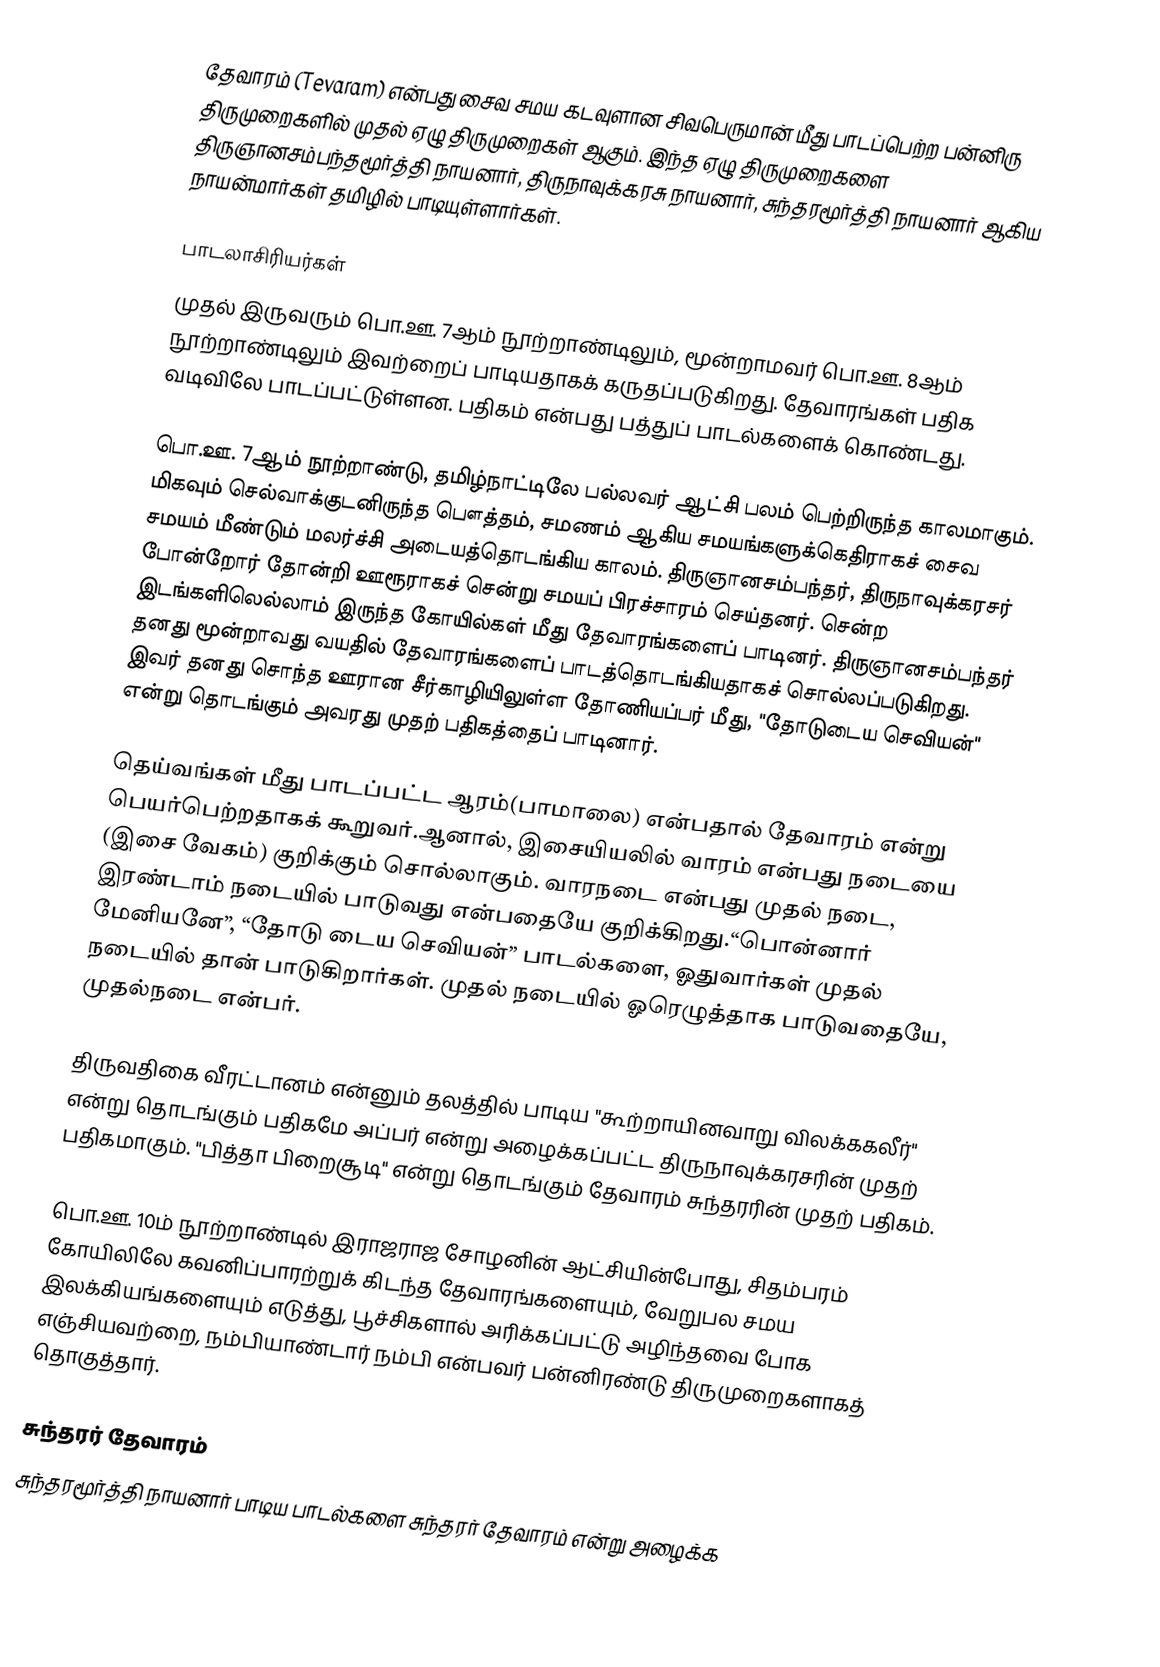
தேவாரம் (Tevaram) என்பது சைவ சமய கடவுளான சிவபெருமான் மீது பாடப்பெற்ற பன்னிரு திருமுறைகளில் முதல் ஏழு திருமுறைகள் ஆகும். இந்த ஏழு திருமுறைகளை திருஞானசம்பந்தமூர்த்தி நாயனார், திருநாவுக்கரசு நாயனார், சுந்தரமூர்த்தி நாயனார் ஆகிய நாயன்மார்கள் தமிழில் பாடியுள்ளார்கள்.

பாடலாசிரியர்கள்
முதல் இருவரும் பொ.ஊ. 7ஆம் நூற்றாண்டிலும், மூன்றாமவர் பொ.ஊ. 8ஆம் நூற்றாண்டிலும் இவற்றைப் பாடியதாகக் கருதப்படுகிறது. தேவாரங்கள் பதிக வடிவிலே பாடப்பட்டுள்ளன. பதிகம் என்பது பத்துப் பாடல்களைக் கொண்டது.

பொ.ஊ. 7ஆம் நூற்றாண்டு, தமிழ்நாட்டிலே பல்லவர் ஆட்சி பலம் பெற்றிருந்த காலமாகும். மிகவும் செல்வாக்குடனிருந்த பௌத்தம், சமணம் ஆகிய சமயங்களுக்கெதிராகச் சைவ சமயம் மீண்டும் மலர்ச்சி அடையத்தொடங்கிய காலம். திருஞானசம்பந்தர், திருநாவுக்கரசர் போன்றோர் தோன்றி ஊரூராகச் சென்று சமயப் பிரச்சாரம் செய்தனர். சென்ற இடங்களிலெல்லாம் இருந்த கோயில்கள் மீது தேவாரங்களைப் பாடினர். திருஞானசம்பந்தர் தனது மூன்றாவது வயதில் தேவாரங்களைப் பாடத்தொடங்கியதாகச் சொல்லப்படுகிறது. இவர் தனது சொந்த ஊரான சீர்காழியிலுள்ள தோணியப்பர் மீது, "தோடுடைய செவியன்" என்று தொடங்கும் அவரது முதற் பதிகத்தைப் பாடினார்.

தெய்வங்கள் மீது பாடப்பட்ட ஆரம்(பாமாலை) என்பதால் தேவாரம் என்று பெயர்பெற்றதாகக் கூறுவர்.ஆனால், இசையியலில் வாரம் என்பது நடையை (இசை வேகம்) குறிக்கும் சொல்லாகும். வாரநடை என்பது முதல் நடை, இரண்டாம் நடையில் பாடுவது என்பதையே குறிக்கிறது.“பொன்னார் மேனியனே”, “தோடு டைய செவியன்” பாடல்களை, ஓதுவார்கள் முதல் நடையில் தான் பாடுகிறார்கள். முதல் நடையில் ஓரெழுத்தாக பாடுவதையே, முதல்நடை என்பர்.

திருவதிகை வீரட்டானம் என்னும் தலத்தில் பாடிய "கூற்றாயினவாறு விலக்ககலீர்" என்று தொடங்கும் பதிகமே அப்பர் என்று அழைக்கப்பட்ட திருநாவுக்கரசரின் முதற் பதிகமாகும். "பித்தா பிறைசூடி" என்று தொடங்கும் தேவாரம் சுந்தரரின் முதற் பதிகம்.

பொ.ஊ. 10ம் நூற்றாண்டில் இராஜராஜ சோழனின் ஆட்சியின்போது, சிதம்பரம் கோயிலிலே கவனிப்பாரற்றுக் கிடந்த தேவாரங்களையும், வேறுபல சமய இலக்கியங்களையும் எடுத்து, பூச்சிகளால் அரிக்கப்பட்டு அழிந்தவை போக எஞ்சியவற்றை, நம்பியாண்டார் நம்பி என்பவர் பன்னிரண்டு திருமுறைகளாகத் தொகுத்தார்.

சுந்தரர் தேவாரம்
சுந்தரமூர்த்தி நாயனார் பாடிய பாடல்களை சுந்தரர் தேவாரம் என்று அழைக்க